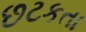
છટકતા